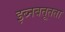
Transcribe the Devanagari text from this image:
इब्नबतूतता